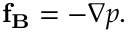
\mathbf { f _ { B } } = - \nabla p .